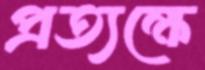
প্রত্যক্ষে